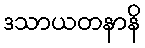
ဒသာယတနာနိ